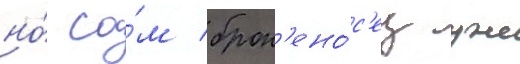
но́ са́м брон'ено́с'ец уже